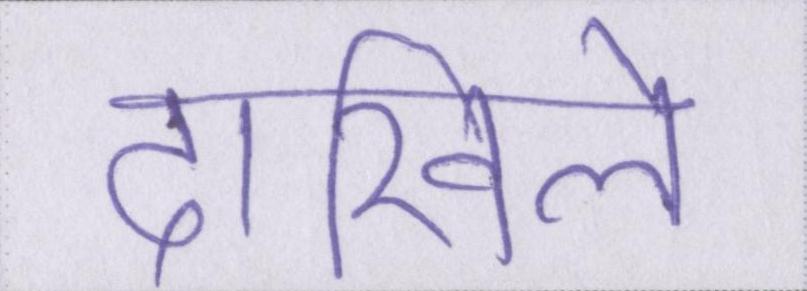
दाखिले